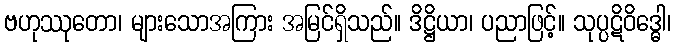
ဗဟုဿုတော၊ များသောအကြား အမြင်ရှိသည်။ ဒိဋ္ဌိယာ၊ ပညာဖြင့်။ သုပ္ပဋိဝိဒ္ဓေါ၊